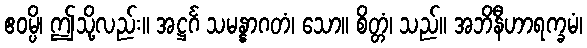
ဧဝမ္ပိ၊ ဤသို့လည်း။ အဋ္ဌင်္ဂ သမန္နာဂတံ၊ သော။ စိတ္တံ၊ သည်။ အဘိနီဟာရက္ခမံ၊